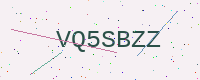
Text: VQ5SBZZ